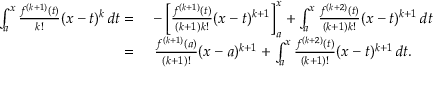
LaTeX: \begin{array} { r l } { \int _ { a } ^ { x } { \frac { f ^ { ( k + 1 ) } ( t ) } { k ! } } ( x - t ) ^ { k } \, d t = } & { { } - \left[ { \frac { f ^ { ( k + 1 ) } ( t ) } { ( k + 1 ) k ! } } ( x - t ) ^ { k + 1 } \right] _ { a } ^ { x } + \int _ { a } ^ { x } { \frac { f ^ { ( k + 2 ) } ( t ) } { ( k + 1 ) k ! } } ( x - t ) ^ { k + 1 } \, d t } \\ { = } & { { } \ { \frac { f ^ { ( k + 1 ) } ( a ) } { ( k + 1 ) ! } } ( x - a ) ^ { k + 1 } + \int _ { a } ^ { x } { \frac { f ^ { ( k + 2 ) } ( t ) } { ( k + 1 ) ! } } ( x - t ) ^ { k + 1 } \, d t . } \end{array}